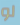
لو